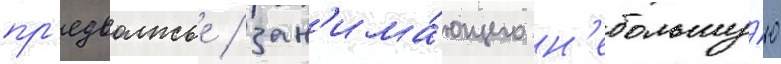
пр'едволжье / зан'има́ющего н'ебольшу́ю